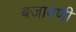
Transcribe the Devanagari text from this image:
बजावणी